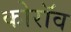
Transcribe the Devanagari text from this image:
कोरॉव